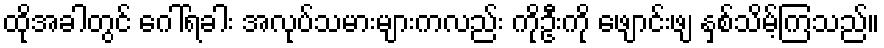
ထိုအခါတွင် ဂေါ်ရခါး အလုပ်သမားများကလည်း ကိုဦးကို ဖျောင်းဖျ နှစ်သိမ့်ကြသည်။